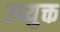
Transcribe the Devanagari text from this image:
उध्युक्त